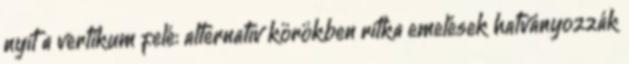
nyit a vertikum felé: alternatív körökben ritka emelések hatványozzák